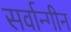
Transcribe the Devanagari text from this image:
सर्वान्गीन